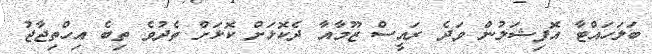
ބަލަހައްޓާ އޮފިޝަލުން ވަދެ ރައީސް ޒޫމާއާ ދެކޮޅަށް ކޮޅަށް ތެދުވެ ތިބެ އިހްތިޖާޖު